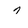
Character: 7